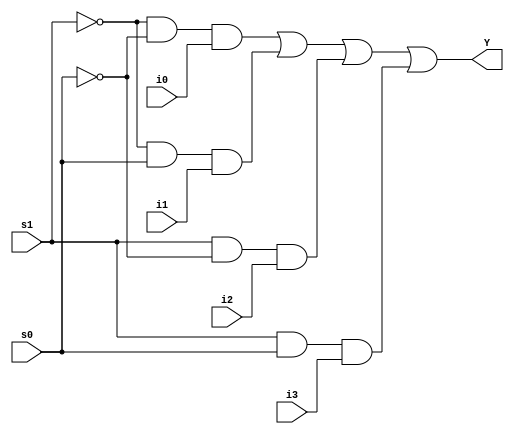
module mux4to1_21BCE3546(Y, i0, i1, i2, i3, s1, s0);
  input i0, i1, i2, i3;
  input s1, s0;
  output Y;
  assign Y = (~s1 & ~s0 & i0) | (~s1 & s0 & i1) | (s1 & ~s0 & i2) | (s1 & s0 & i3);
endmodule